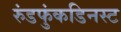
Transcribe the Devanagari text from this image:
रुंडफुंकडिनस्ट